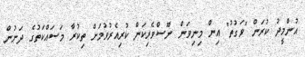
އުންމީދު ކުރަން "ވަގުތު" އިން މިނިވަން ނޫސްވެރިކަން ކުރިއެރުވުމަށް ތިކުރާ މަސައްކަތުގެ ދަށުން